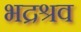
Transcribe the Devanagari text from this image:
भद्रश्रव